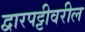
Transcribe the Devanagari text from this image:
द्वारपट्टीवरील